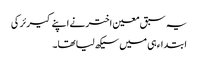
یہ سبق معین اختر نے اپنے کیرئر کی
ابتداء ہی میں سیکھ لیا تھا۔